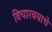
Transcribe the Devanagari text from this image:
विचारवयाचे